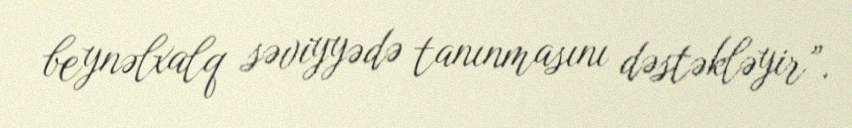
beynəlxalq səviyyədə tanınmasını dəstəkləyir”.